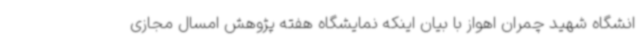
انشگاه شهید چمران اهواز با بیان اینکه نمایشگاه هفته پژوهش امسال مجازی